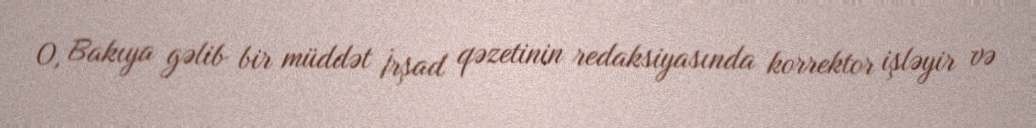
O, Bakıya gəlib bir müddət İrşad qəzetinin redaksiyasında korrektor işləyir və